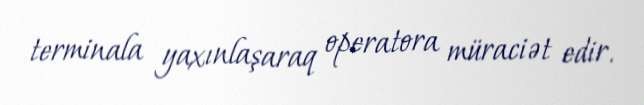
terminala yaxınlaşaraq operatora müraciət edir.